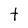
Character: t